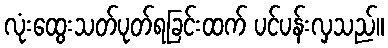
လုံးထွေးသတ်ပုတ်ရခြင်းထက် ပင်ပန်းလှသည်။